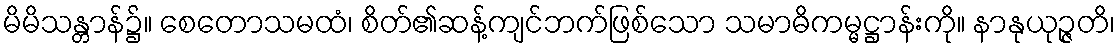
မိမိသန္တာန်၌။ စေတောသမထံ၊ စိတ်၏ဆန့်ကျင်ဘက်ဖြစ်သော သမာဓိကမ္မဋ္ဌာန်းကို။ နာနုယုဉ္ဇတိ၊